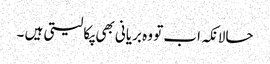
حالانکہ اب تو وہ بریانی بھی پکا لیتی ہیں ۔